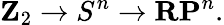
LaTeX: \mathbf{Z}_{2}\to S^{n}\to\mathbf{RP}^{n}.